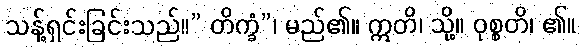
သန့်ရှင်းခြင်းသည်။” တိက္ခံ”၊ မည်၏။ ဣတိ၊ သို့။ ဝုစ္စတိ၊ ၏။